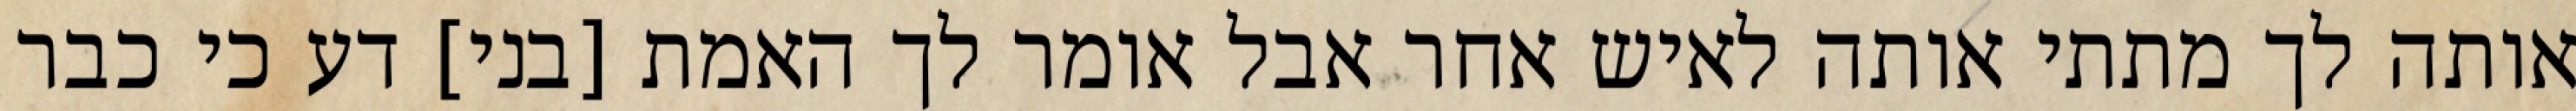
אותה לך מתתי אותה לאיש אחר אבל אומר לך האמת [בני] דע כי כבר